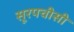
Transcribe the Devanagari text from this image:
सूरपचीसी